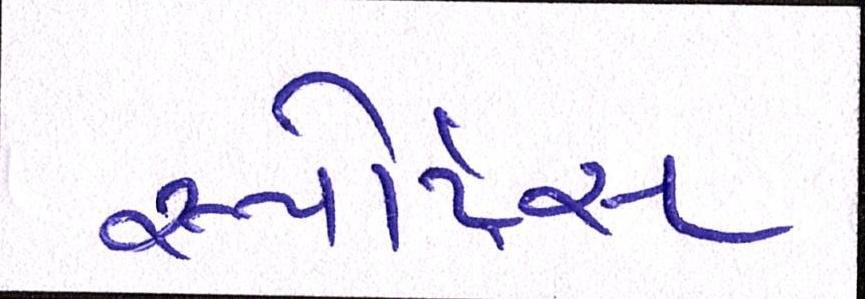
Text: સ્પોર્ટ્સ